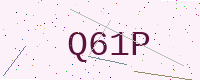
Text: Q61P